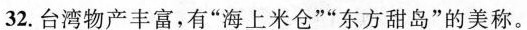
32.台湾物产丰富，有”海上米仓””东方甜岛”的美称。